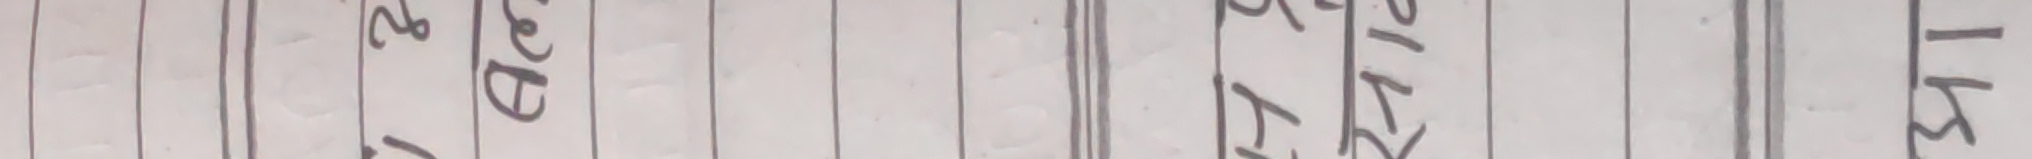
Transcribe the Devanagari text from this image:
२
१६
१७२१
१३